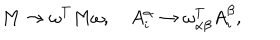
M \rightarrow \omega ^ { T } M \omega , \quad A _ { i } ^ { \alpha } \rightarrow \omega _ { \alpha \beta } ^ { T } A _ { i } ^ { \beta } ,